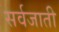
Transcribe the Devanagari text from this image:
सर्वजाती